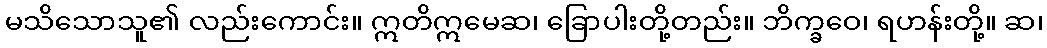
မသိသောသူ၏ လည်းကောင်း။ ဣတိဣမေဆ၊ ခြောပါးတို့တည်း။ ဘိက္ခဝေ၊ ရဟန်းတို့။ ဆ၊